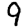
Digit: 9